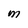
Character: M